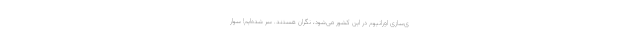
ی‌سازی اورانیوم در این کشور می‌شود، نگران هستند. سِر شده‌ایم! سوار